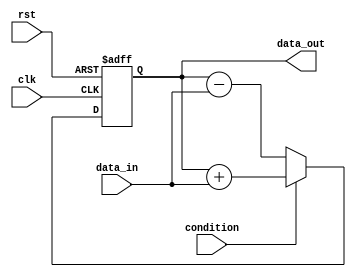
module loop_with_conditionals (
    input wire clk,
    input wire rst,
    input wire condition,
    input wire [7:0] data_in,
    output reg [7:0] data_out
);

reg [7:0] sum;

always @(posedge clk or posedge rst) begin
    if (rst) begin
        sum <= 8'b0;
    end else begin
        if (condition) begin
            sum <= sum + data_in;
        end else begin
            sum <= sum - data_in;
        end
    end
end

assign data_out = sum;

endmodule